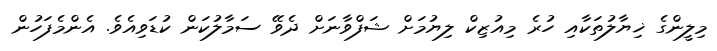
މިލީންގެ ޚިޔާލުތަކާއި ހުރެ މިއުޒިކް ލިޔުމަށް ޝަފްވާނަށް ދެވޭ ސަމާލުކަން ކުޑަވިއެވެ. އެންމެފަހުން